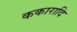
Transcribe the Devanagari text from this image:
ककारादि